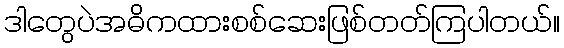
ဒါတွေပဲအဓိကထားစစ်ဆေးဖြစ်တတ်ကြပါတယ်။